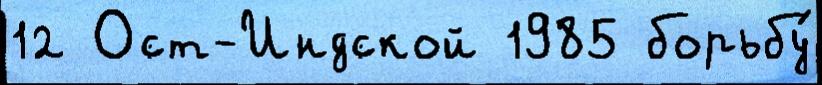
12 Ост-Индской 1985 борьбу́